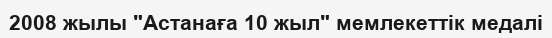
2008 жылы "Астанаға 10 жыл" мемлекеттік медалі